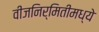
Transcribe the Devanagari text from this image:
वीजनिर्मितीमध्ये